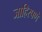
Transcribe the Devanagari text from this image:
जाहिरपणे